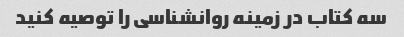
سه کتاب در زمینه روانشناسی را توصیه کنید